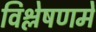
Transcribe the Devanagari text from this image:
विश्लेषणमें